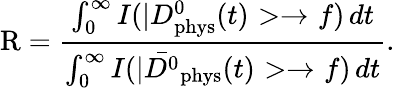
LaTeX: \mathrm{R}=\frac{\int_{0}^{\infty}I(|D_{\mathrm{phys}}^{0}(t)>\to f)\, dt}{\int_{0}^{\infty}I(|\bar{D^{0}}_{\mathrm{phys}}(t)>\to f)\, dt}.